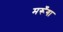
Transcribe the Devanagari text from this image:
मरूँगा